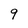
Character: 9